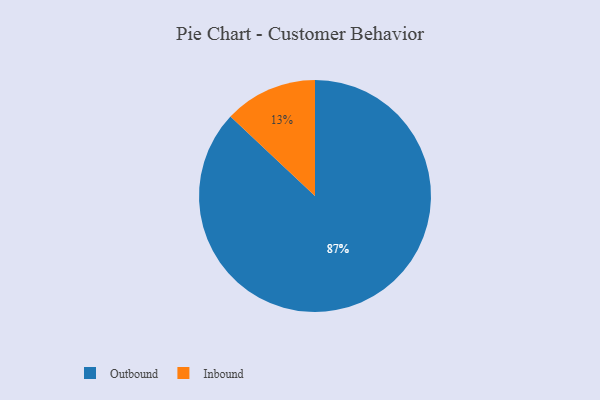
{"axis": {"x": "Category", "y": "Percentage"}, "legend": ["Inbound", "Outbound"], "data": [{"x": "Outbound", "y": 87, "type": "Outbound"}, {"x": "Inbound", "y": 13, "type": "Inbound"}]}